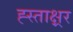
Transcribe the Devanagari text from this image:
ह्स्ताक्ष्रर